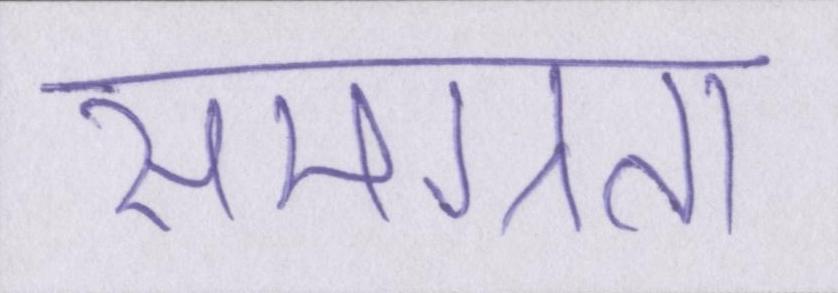
समग्रता